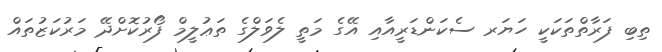
ތިބި ފަރާތްތަކަކީ ހަޔަރ ސެކަންޑަރީއާއި އޭގެ މަތީ ލެވަލްގެ ތަޢުލީމް ފޯރުކޮށްދޭ މަރުކަޒުތައް